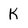
Character: K